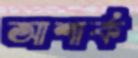
আশার্ক